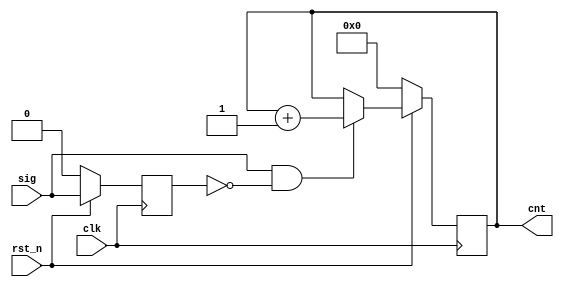
module sig_counter #(parameter WIDTH = 1, parameter EDGE = 0)
(
	input wire clk,
	input wire rst_n,
	input wire [(WIDTH-1):0] sig,
	output reg [7:0] cnt
	);
	
	reg [(WIDTH-1):0] sig_last;
	reg [7:0] cnt_nxt;
	
	always @(posedge clk) begin
		if (!rst_n) begin
			sig_last <= 0;
			cnt <= 0;
		end
		else begin
			sig_last <= sig;
			cnt <= cnt_nxt;
		end
	end
	
	always @* begin
		if (!EDGE) begin
			if (sig && !sig_last)
				cnt_nxt = cnt + 1;
			else
				cnt_nxt = cnt;
		end
		else begin
			if (!sig && sig_last)
				cnt_nxt = cnt + 1;
			else
				cnt_nxt = cnt;
		end
	end
	
endmodule